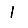
Digit: 1